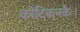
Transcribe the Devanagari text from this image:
कोटिकनकैः।